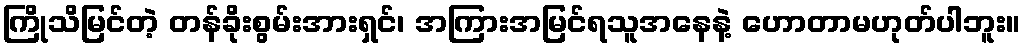
ကြိုသိမြင်တဲ့ တန်ခိုးစွမ်းအားရှင်၊ အကြားအမြင်ရသူအနေနဲ့ ဟောတာမဟုတ်ပါဘူး။